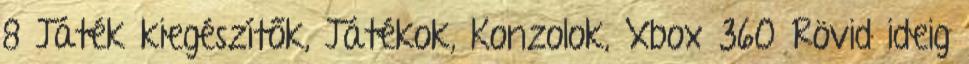
8 Játék kiegészítők, Játékok, Konzolok, Xbox 360 Rövid ideig